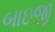
બાઇજી